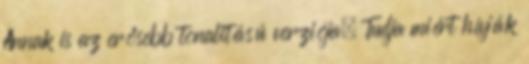
Annak is az erősebb tonalitású verziója. Tudja miért hívják